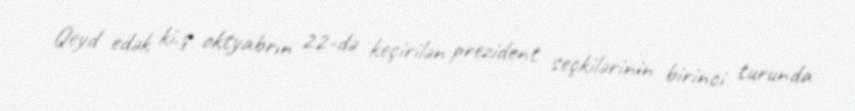
Qeyd edək ki.ş oktyabrın 22-də keçirilən prezident seçkilərinin birinci turunda